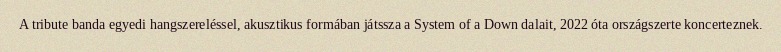
A tribute banda egyedi hangszereléssel, akusztikus formában játssza a System of a Down dalait, 2022 óta országszerte koncerteznek.